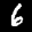
Label: 6